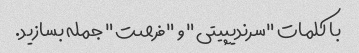
با کلمات "سرندیپیتی" و "فرصت" جمله بسازید.